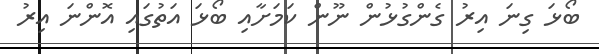
ބޯޅަ ގިނަ އިރު ގެންގުޅުން ނޫން ކަމަށާއި ބޯޅަ އަތުގައިި އޮންނަ އިރު